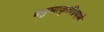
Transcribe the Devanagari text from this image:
धनुष्याकृतीप्रमाणे